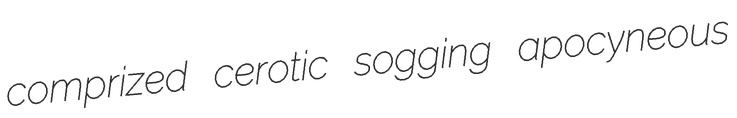
comprized cerotic sogging apocyneous